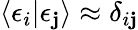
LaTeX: \langle\epsilon_{i}|\epsilon_{\mathbf{j}}\rangle\approx\delta_{i\mathbf{j}}